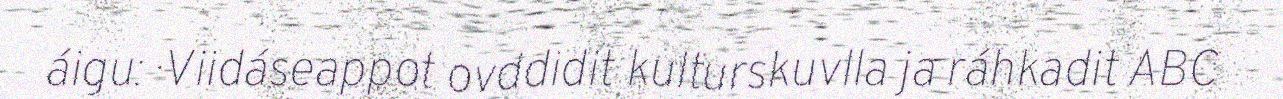
áigu: · Viidáseappot ovddidit kulturskuvlla ja ráhkadit ABC